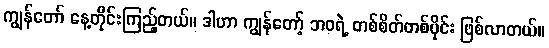
ကျွန်တော် နေ့တိုင်းကြည့်တယ်။ ဒါဟာ ကျွန်တော့် ဘဝရဲ့ တစ်စိတ်တစ်ပိုင်း ဖြစ်လာတယ်။